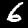
Label: 6